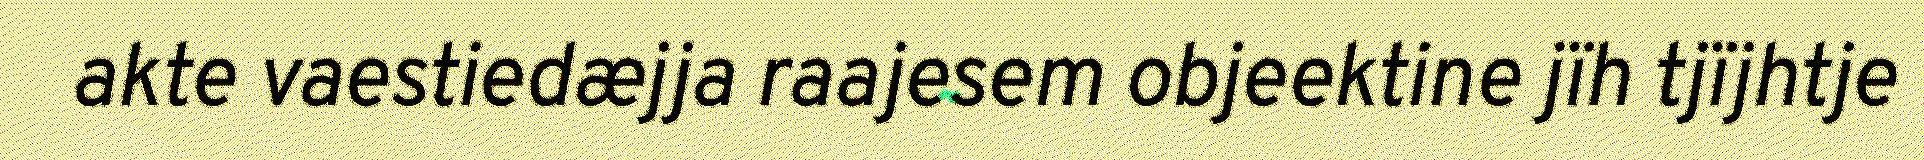
akte vaestiedæjja raajesem objeektine jïh tjïjhtje